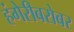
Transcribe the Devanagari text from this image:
हंगेरीबरोबर